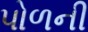
પોળની